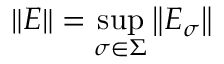
\| E \| = \operatorname* { s u p } _ { \sigma \in \Sigma } \left\| E _ { \sigma } \right\|